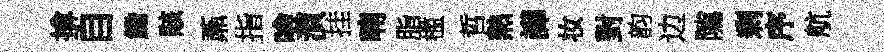
揜自鋤賅鼒指噞湏挂喃脂槛哲熱譁妆對韵边隲剰序航